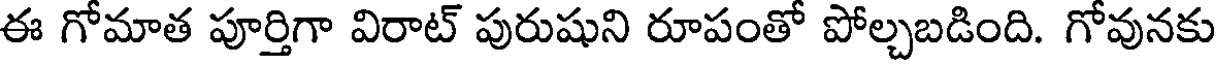
ఈ గోమాత పూర్తిగా విరాట్ పురుషుని రూపంతో పోల్చబడింది. గోవునకు